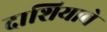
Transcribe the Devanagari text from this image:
दाशियाचे